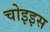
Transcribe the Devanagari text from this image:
चोइइस